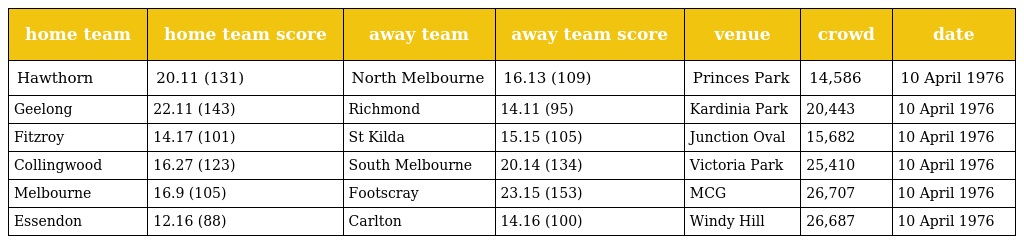
| home team | home team score | away team | away team score | venue | crowd | date |
 | --- | --- | --- | --- | --- | --- | --- |
 | Hawthorn | 20.11 (131) | North Melbourne | 16.13 (109) | Princes Park | 14,586 | 10 April 1976 |
 | Geelong | 22.11 (143) | Richmond | 14.11 (95) | Kardinia Park | 20,443 | 10 April 1976 |
 | Fitzroy | 14.17 (101) | St Kilda | 15.15 (105) | Junction Oval | 15,682 | 10 April 1976 |
 | Collingwood | 16.27 (123) | South Melbourne | 20.14 (134) | Victoria Park | 25,410 | 10 April 1976 |
 | Melbourne | 16.9 (105) | Footscray | 23.15 (153) | MCG | 26,707 | 10 April 1976 |
 | Essendon | 12.16 (88) | Carlton | 14.16 (100) | Windy Hill | 26,687 | 10 April 1976 |